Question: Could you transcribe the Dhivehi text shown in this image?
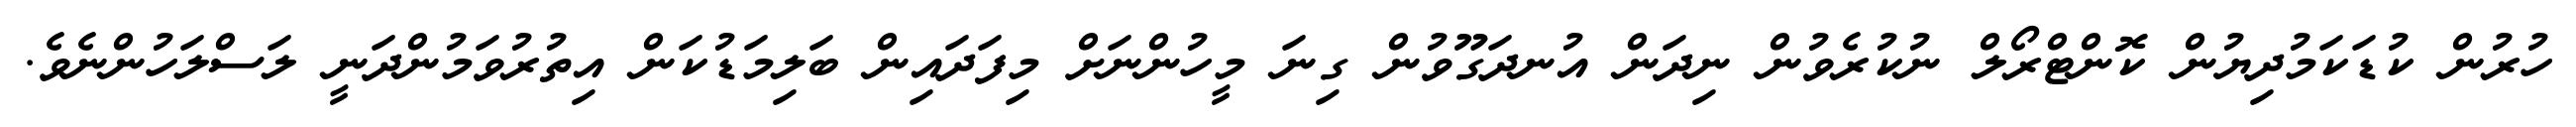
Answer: ހުރުން ކުޑަކަމުދިޔުން ކޮންޓްރޯލް ނުކުރެވުން ނިދަން އުނދަގޫވުން ގިނަ މީހުންނަށް މިފަދައިން ބަލިމަޑުކަން އިތުރުވަމުންދަނީ ލަސްލަހުންނެވެ.